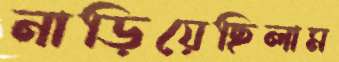
নাড়িয়েছিলাম